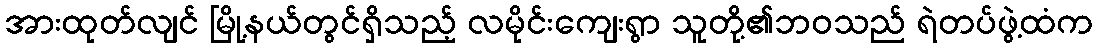
အားထုတ်လျင် မြို့နယ်တွင်ရှိသည့် လမိုင်းကျေးရွာ သူတို့၏ဘဝသည် ရဲတပ်ဖွဲ့ထံက